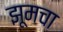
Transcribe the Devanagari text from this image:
झूमचा